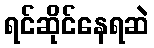
ရင်ဆိုင်နေရဆဲ